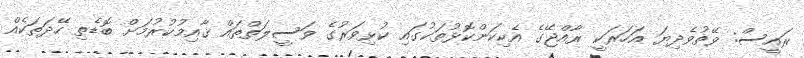
ރައީސް: ވޭތުވެދިޔަ އަހަރަކީ ރާއްޖޭގެ އެކިކަންކޮޅުތަކުގައި ކުޅިވަރުގެ ވަސީލަތްތައް ޤާއިމުކުރުމަށް ބޮޑެތި ހޭދަތަކެއް